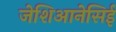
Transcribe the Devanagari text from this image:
जेशिआनेसिई